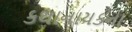
કથાનાયકના